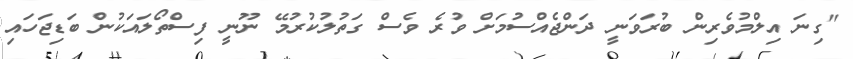
"ގިނަ އިލްމުވެރިން ބުރަވަނީ ދަންޖެއްސުމަށް ވުރެ ވެސް ގަތުލުކުރުމޭ ނޫނީ ފިސްތޯލައަކުން ބަޑިޖަހައި